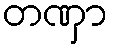
တဏှာ